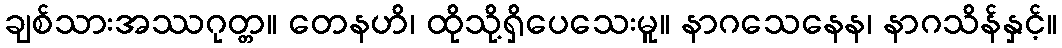
ချစ်သားအဿဂုတ္တ။ တေနဟိ၊ ထိုသို့ရှိပေသေးမူ။ နာဂသေနေန၊ နာဂသိန်နှင့်။